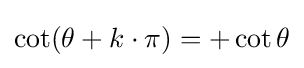
\cot(\theta +k\cdot \pi )=+\cot \theta